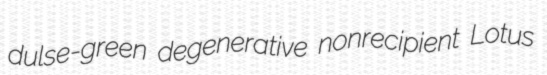
dulse-green degenerative nonrecipient Lotus